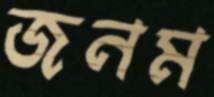
জনম